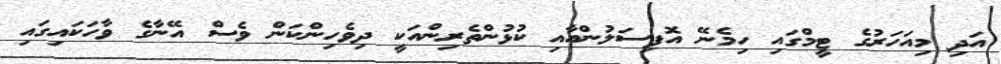
އަދި މިއަހަރުގެ ޓީމްގައި ހިމެނޭ އޮފިސަލުންއާއި ކުޅުންތެރިންއަކީ ދިވެހިންކަން ވެސް އޭނާގެ ވާހަކައިގައި